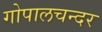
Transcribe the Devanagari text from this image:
गोपालचन्दर